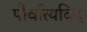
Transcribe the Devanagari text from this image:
पौर्वात्यविद